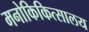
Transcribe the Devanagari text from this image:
मनोकिकित्सालय